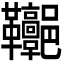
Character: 𩎏